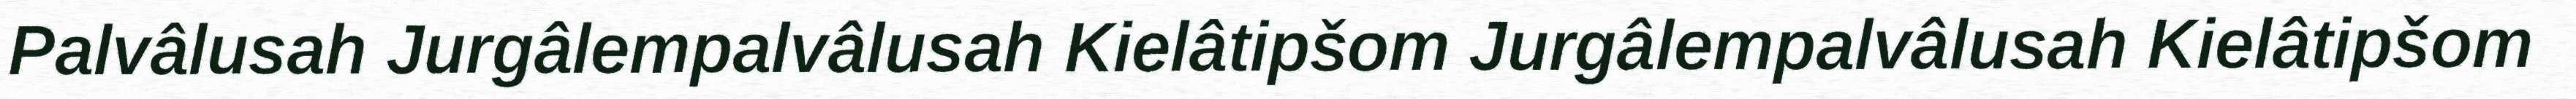
Palvâlusah Jurgâlempalvâlusah Kielâtipšom Jurgâlempalvâlusah Kielâtipšom